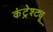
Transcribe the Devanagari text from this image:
कंट्रेश्ट्यू